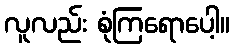
လူလည်း စုံကြရောပေါ့။